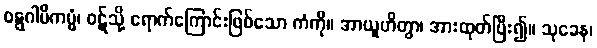
ဝဋ္ဋဂါမိကမ္မံ၊ ဝဋ်သို့ ရောက်ကြောင်းဖြစ်သော ကံကို။ အာယူဟိတွာ၊ အားထုတ်ပြီး၍။ သုခေန၊